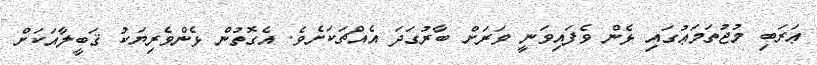
ޢަރަބި މުޖުތަމަޢުގައި ޅެން ވެފައިވަނީ ވަރަށް ބާރުގަދަ އެއްޗަކަށެވެ. އެގޮތުން ޅެންވެރިޔަކު ޤަބީލާއަކަށް